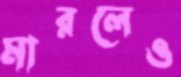
মারলেও